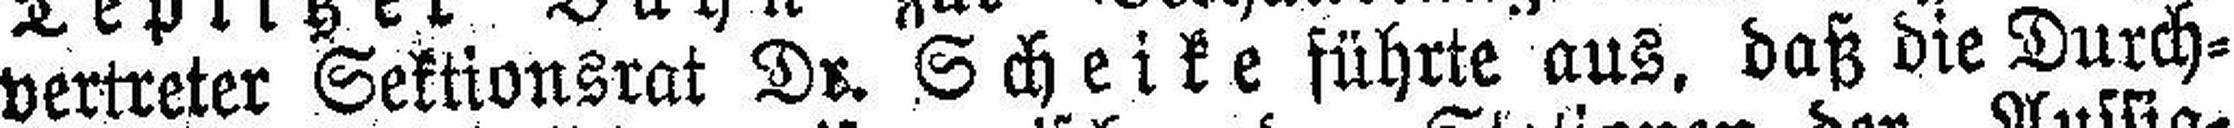
vertreter Sektionsrat Dr. Scheike führte aus, daß die Durch¬